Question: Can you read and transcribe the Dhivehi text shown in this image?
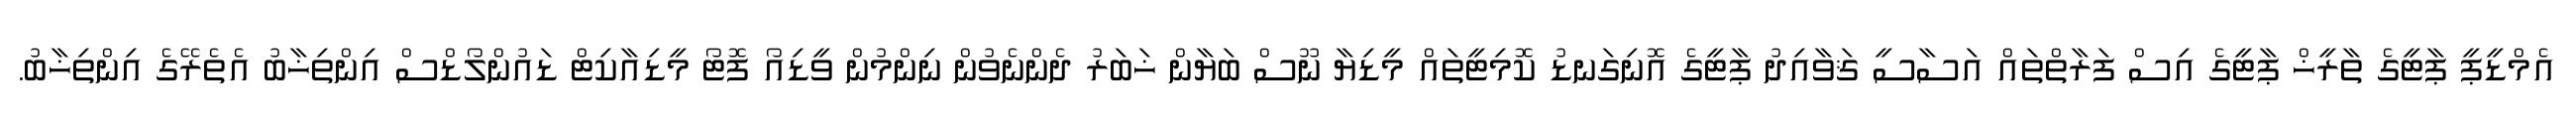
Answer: އެމްޑީޕީ ޕާޓީގެ ތާރީޚް ޕާޓީގެ އިސް ފަރާތްތައް އަސާސީ ޤަވާއިދު ޕާޓީގެ އޮނިގަނޑު ކޮމިޓީތައް މީޑިޔާ ނޫސް ބަޔާން ޚަބަރު ދެންނެވުން ނިންމުން ވީޑިއޯ ފޮޓޯ މީޑިއާކިޓް ޑައުންލޯޑްސް އިންތިޚާބު އެތެރޭގެ އިންތިޚާބު.